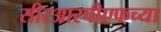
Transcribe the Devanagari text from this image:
सीरआरपीएफच्या